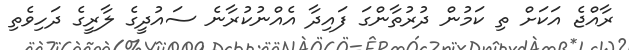
ރާއްޖެ އަކަށް ތި ކަމުން ދުރުތާންގަ ފައިދާ އެއްނުކުރާނެ ސައުދީގެ ލާރީގެ ދަހިވެތި